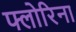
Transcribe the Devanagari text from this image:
फ्लोरिना